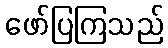
ဖော်ပြကြသည်